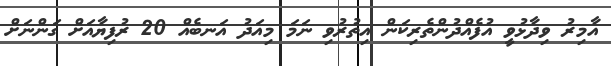
އާމިރު ވިދާޅުވީ އުފެއްދުންތެރިކަން އިތުރުވި ނަމަ މިއަދު އަނބެއް 20 ރުފިޔާއަށް ގަންނަށް